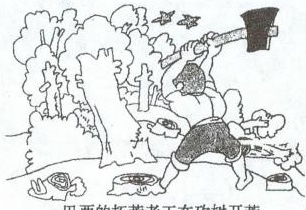
重大财产损失。北京时间2010年l月13日20时30